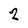
Character: 2